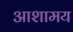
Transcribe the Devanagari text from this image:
आशामय